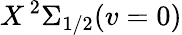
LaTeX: X\, ^{2}\Sigma_{1/2}(v=0)